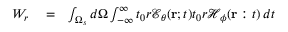
\begin{array} { r l r } { W _ { r } } & { { } = } & { \int _ { \Omega _ { s } } d \Omega \int _ { - \infty } ^ { \infty } t _ { 0 } r \mathcal { E } _ { \theta } ( { \bf r } ; t ) t _ { 0 } r \mathcal { H } _ { \phi } ( { \bf r } : t ) \, d t } \end{array}